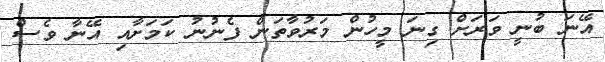
އޭނަ ބުނީ ވަރަށް ގިނަ މީހުން މަރުވާތަން ފެނުނު ކަމަށާއި އޭނާ ވެސް